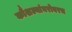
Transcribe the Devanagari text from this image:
कौशल्यांबरोबरच